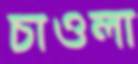
চাওলা